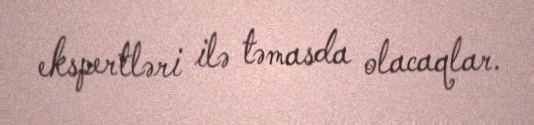
ekspertləri ilə təmasda olacaqlar.